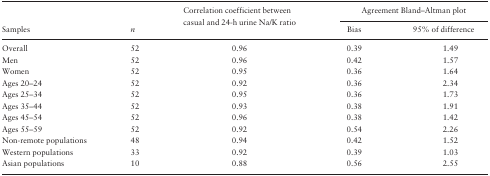
|  |  | <ROWSPAN=2> Correlation coefficient between casual and 24-h urine Na/K ratio | <COLSPAN=2> Agreement Bland–Altman plot |
 | Samples | n | Bias | 95% of difference |
 | --- | --- | --- | --- | --- |
 | Overall | 52 | 0.96 | 0.39 | 1.49 |
 | Men | 52 | 0.96 | 0.42 | 1.57 |
 | Women | 52 | 0.95 | 0.36 | 1.64 |
 | Ages 20–24 | 52 | 0.92 | 0.36 | 2.34 |
 | Ages 25–34 | 52 | 0.95 | 0.36 | 1.73 |
 | Ages 35–44 | 52 | 0.93 | 0.38 | 1.91 |
 | Ages 45–54 | 52 | 0.96 | 0.38 | 1.42 |
 | Ages 55–59 | 52 | 0.92 | 0.54 | 2.26 |
 | Non-remote populations | 48 | 0.94 | 0.42 | 1.52 |
 | Western populations | 33 | 0.92 | 0.39 | 1.03 |
 | Asian populations | 10 | 0.88 | 0.56 | 2.55 |